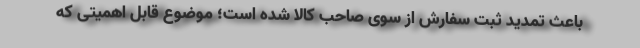
باعث تمدید ثبت سفارش از سوی صاحب کالا شده است؛ موضوع قابل اهمیتی که